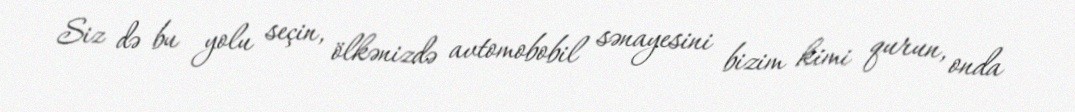
Siz də bu yolu seçin, ölkənizdə avtomobobil sənayesini bizim kimi qurun, onda